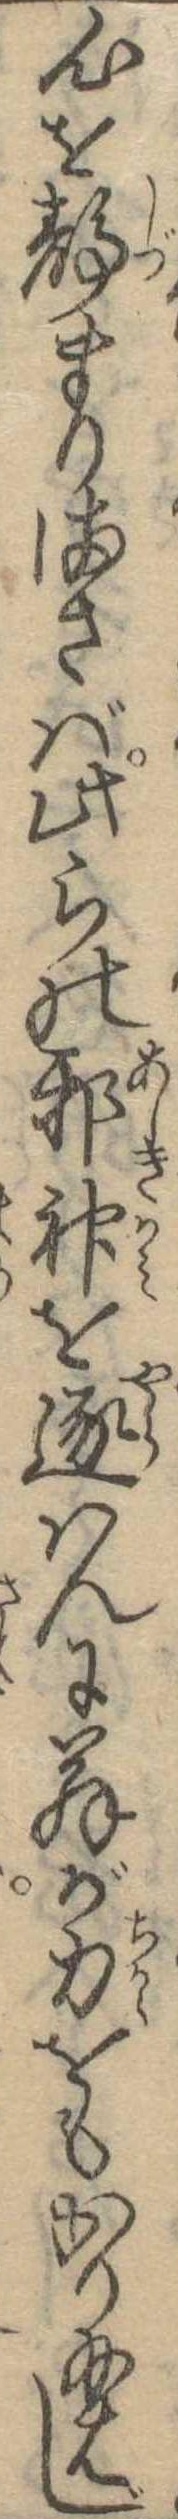
心を静まりまさば此らの邪神を逐はんに翁が力をもかり給はじ